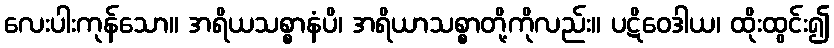
လေးပါးကုန်သော။ အရိယသစ္စာနံပိ၊ အရိယာသစ္စာတို့ကိုလည်း။ ပဋိဝေဒါယ၊ ထိုးထွင်း၍